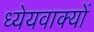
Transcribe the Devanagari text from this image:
ध्येयवाक्यों